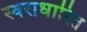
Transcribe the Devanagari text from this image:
स्वराधारित